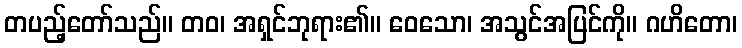
တပည့်တော်သည်။ တဝ၊ အရှင်ဘုရား၏။ ဝေသော၊ အသွင်အပြင်ကို။ ဂဟိတော၊